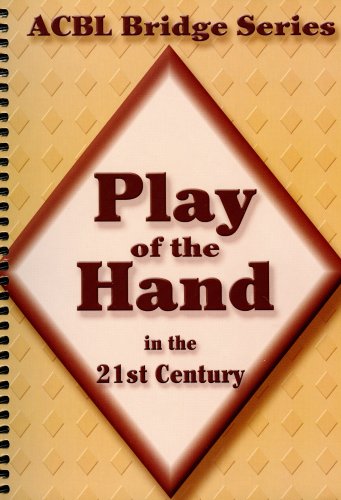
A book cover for Play of the Hand in the 21st Century: The Diamond Series (Acbl Bridge); Audrey Grant; Humor & Entertainment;